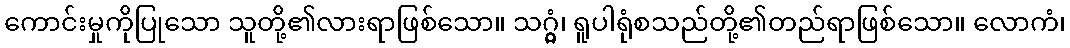
ကောင်းမှုကိုပြုသော သူတို့၏လားရာဖြစ်သော။ သဂ္ဂွံ၊ ရူပါရုံစသည်တို့၏တည်ရာဖြစ်သော။ လောကံ၊